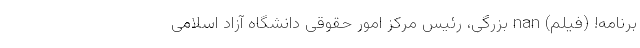
برنامه! (فیلم) nan بزرگی، رئیس مرکز امور حقوقی دانشگاه آزاد اسلامی